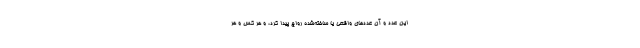
این عدد و آن عددهای واقعی یا ساخته‌شده رواج پیدا کرد، و هر کس و هر